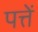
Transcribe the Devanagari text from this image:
पत्तें